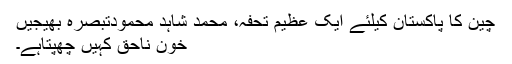
چین کا پاکستان کیلئے ایک عظیم تحفہ، محمد شاہد محمودتبصرہ بھیجیں
خونِ ناحق کہیں چھپتاہے۔